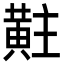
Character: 黈